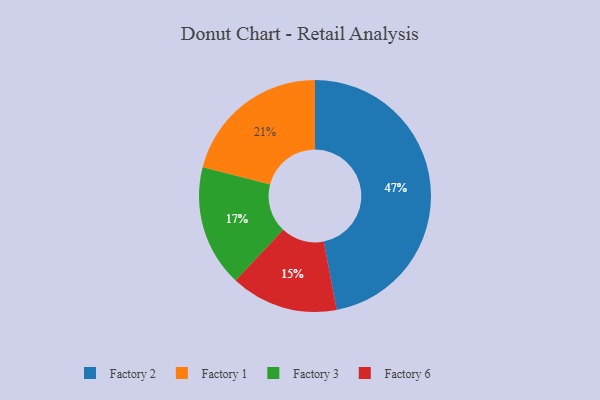
{"axis": {"x": "Category", "y": "Percentage"}, "legend": ["Factory 1", "Factory 2", "Factory 3", "Factory 6"], "data": [{"x": "Factory 1", "y": 21, "type": "Factory 1"}, {"x": "Factory 2", "y": 47, "type": "Factory 2"}, {"x": "Factory 6", "y": 15, "type": "Factory 6"}, {"x": "Factory 3", "y": 17, "type": "Factory 3"}]}